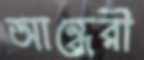
আন্ধেরী